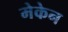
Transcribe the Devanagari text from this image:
मेकेन